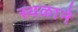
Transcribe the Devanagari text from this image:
स्थळाने